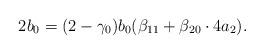
LaTeX: \begin{align*}2 b_0 = (2-\gamma_0) b_0 ( \beta_{11} + \beta_{20} \cdot 4 a_2). \end{align*}